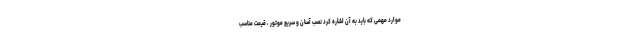
موارد مهمی که باید به آن اشاره کرد نصب آسان و سریع موتور ، قیمت مناسب